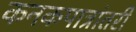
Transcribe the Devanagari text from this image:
कनकपात्रांतरी